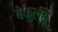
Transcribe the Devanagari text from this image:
बेफुल्हू